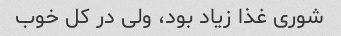
شوری غذا زیاد بود، ولی در کل خوب